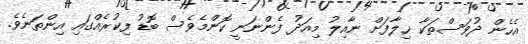
އެެހެން ދުވަސްތަކާ ޚިލާފަށް ނާއިލު މިއަދު ފެންނަނީ ކޮންމެވެސް ބޮޑު ފިކުރެއްގައި އިންތަނެވެ.